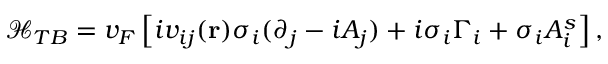
\mathcal { H } _ { T B } = v _ { F } \left[ i v _ { i j } ( \mathbf { r } ) \sigma _ { i } ( \partial _ { j } - i A _ { j } ) + i \sigma _ { i } \Gamma _ { i } + \sigma _ { i } A _ { i } ^ { s } \right] ,